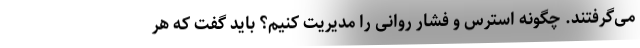
می‌گرفتند. چگونه استرس و فشار روانی را مدیریت کنیم؟ باید گفت که هر